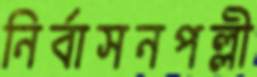
নির্বাসনপল্লী